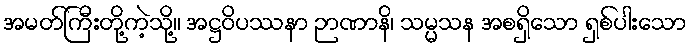
အမတ်ကြီးတို့ကဲ့သို့။ အဋ္ဌဝိပဿနာ ဉာဏာနိ၊ သမ္မသန အစရှိသော ရှစ်ပါးသော